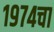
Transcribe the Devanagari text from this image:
१९७४चा